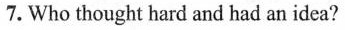
7. Who thought hard and had an idea?